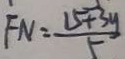
F N = \frac { 1 5 + 3 y } { 5 }